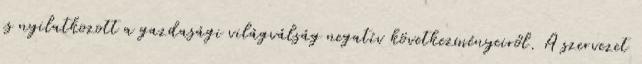
is nyilatkozott a gazdasági világválság negatív következményeiről. A szervezet